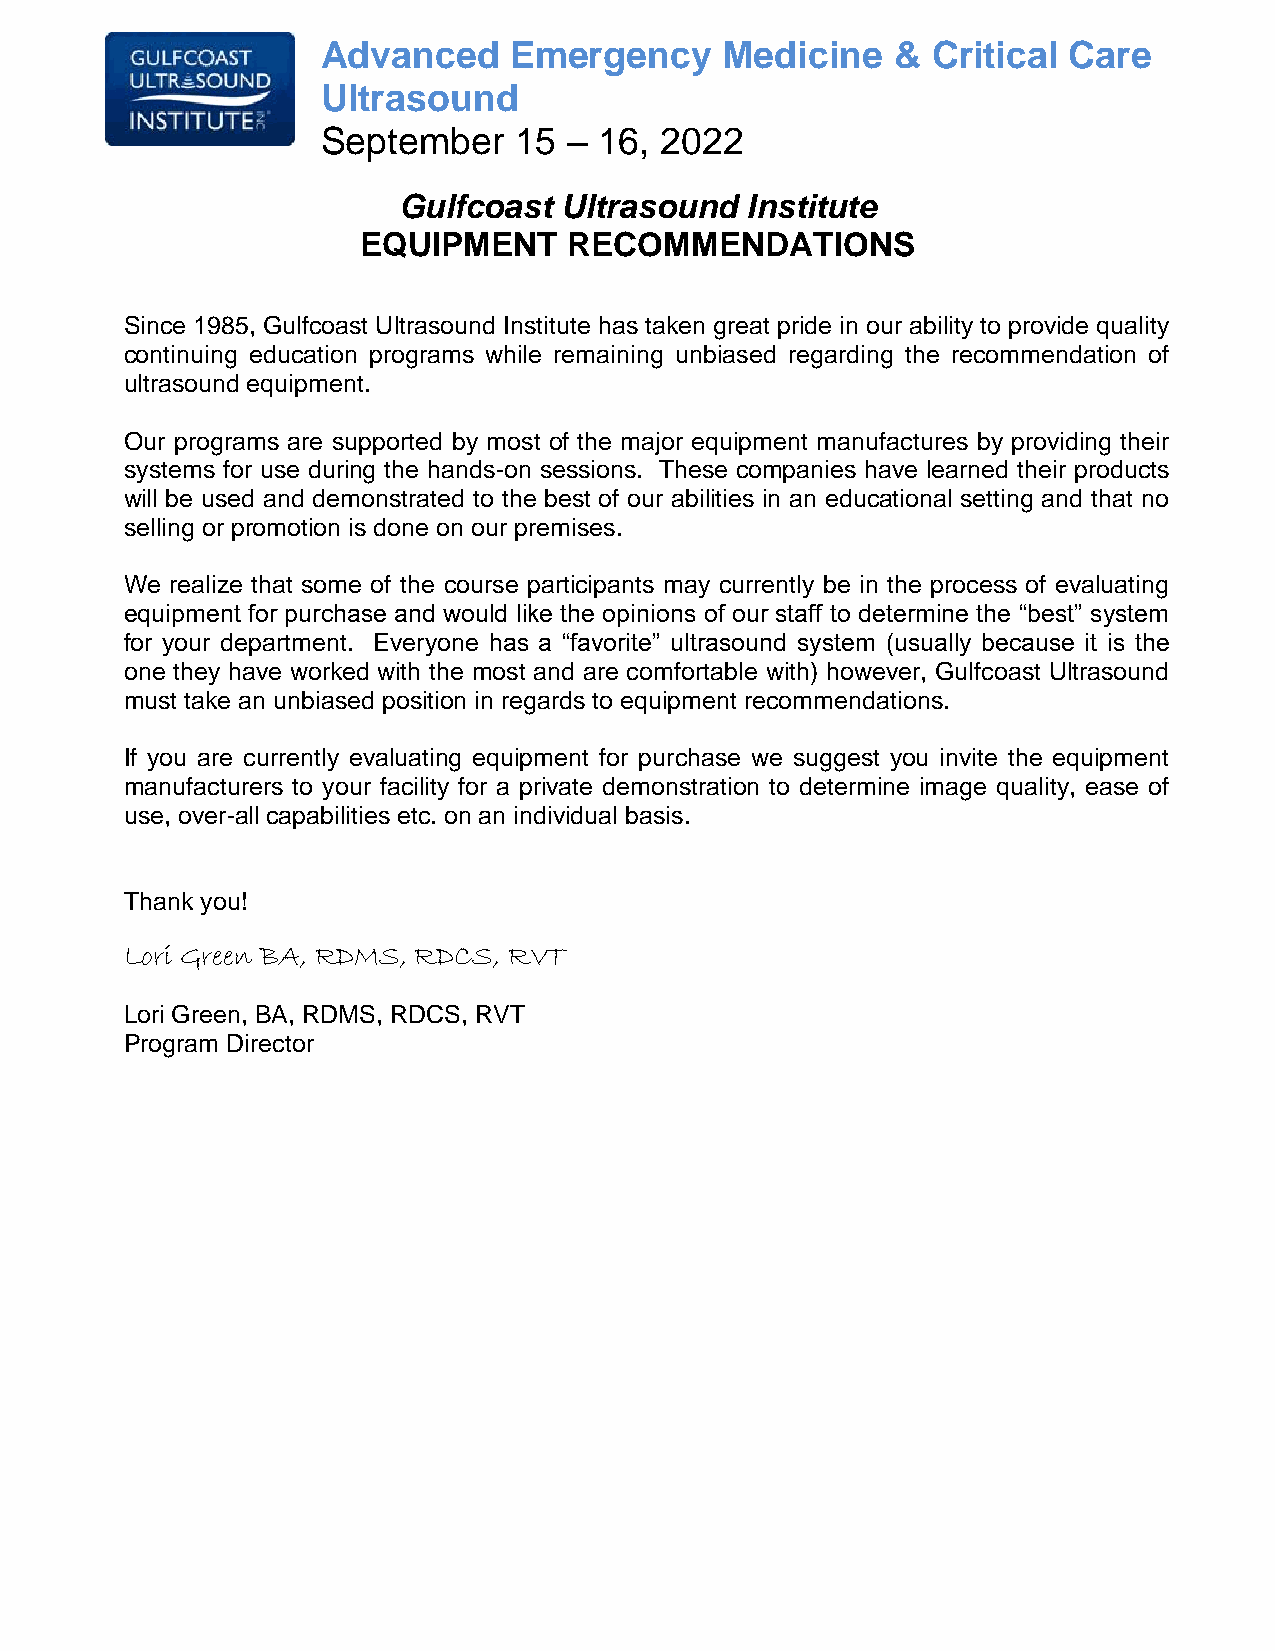
Advanced     Emergency     Medicine   &  Critical Care
 Ultrasound
 September    15  – 16, 2022
 Gulfcoast  Ultrasound  Institute
 EQUIPMENT     RECOMMENDATIONS
 Since 1985, Gulfcoast Ultrasound Institute has taken great pride in our ability to provide quality
 continuing education programs while remaining unbiased regarding the recommendation of
 ultrasound equipment.
 Our programs are supported by most of the major equipment manufactures by providing their
 systems for use during the hands-on sessions. These companies have learned their products
 will be used and demonstrated to the best of our abilities in an educational setting and that no
 selling or promotion is done on our premises.
 We realize that some of the course participants may currently be in the process of evaluating
 equipment for purchase and would like the opinions of our staff to determine the “best” system
 for your department. Everyone has a “favorite” ultrasound system (usually because it is the
 one they have worked with the most and are comfortable with) however, Gulfcoast Ultrasound
 must take an unbiased position in regards to equipment recommendations.
 If you are currently evaluating equipment for purchase we suggest you invite the equipment
 manufacturers to your facility for a private demonstration to determine image quality, ease of
 use, over-all capabilities etc. on an individual basis.
 Thank you!
 Lori Green BA, RDMS, RDCS, RVT
 Lori Green, BA, RDMS, RDCS, RVT
 Program Director